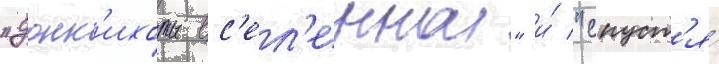
"донк'ихоты вс'ел'еннои" и́ "спуст'я́